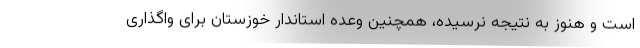
است و هنوز به نتیجه نرسیده، همچنین وعده استاندار خوزستان برای واگذاری